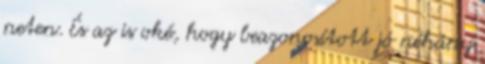
neten. És az is oké, hogy beazonosított jó néhány